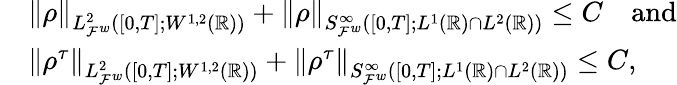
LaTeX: \begin{array}{rl}&{\left\lVert\rho\right\rVert_{L_{\mathcal{F}^{w}}^{2}([0,T];W^{1,2}(\mathbb{R}))}+\left\lVert\rho\right\rVert_{S_{\mathcal{F}^{w}}^{\infty}([0,T];L^{1}(\mathbb{R})\cap L^{2}(\mathbb{R}))}\le C\quad\mathrm{and}}\\ &{\left\lVert\rho^{\tau}\right\rVert_{L_{\mathcal{F}^{w}}^{2}([0,T];W^{1,2}(\mathbb{R}))}+\left\lVert\rho^{\tau}\right\rVert_{S_{\mathcal{F}^{w}}^{\infty}([0,T];L^{1}(\mathbb{R})\cap L^{2}(\mathbb{R}))}\le C,}\end{array}